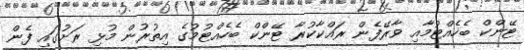
ޓޭންކް ބެހެއްޓުމާއި ވާރޭފެން ރައްކާކުރާ ޓޭންކް ބެހެއްޓުމުގެ އިތުރުން މުޅި ރަށުގައި ފެން